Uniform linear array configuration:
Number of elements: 4
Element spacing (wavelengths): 0.75
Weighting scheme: kaiser
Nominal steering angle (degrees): -15
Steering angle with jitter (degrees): -13.905
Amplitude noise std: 0.05
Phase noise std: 0.05

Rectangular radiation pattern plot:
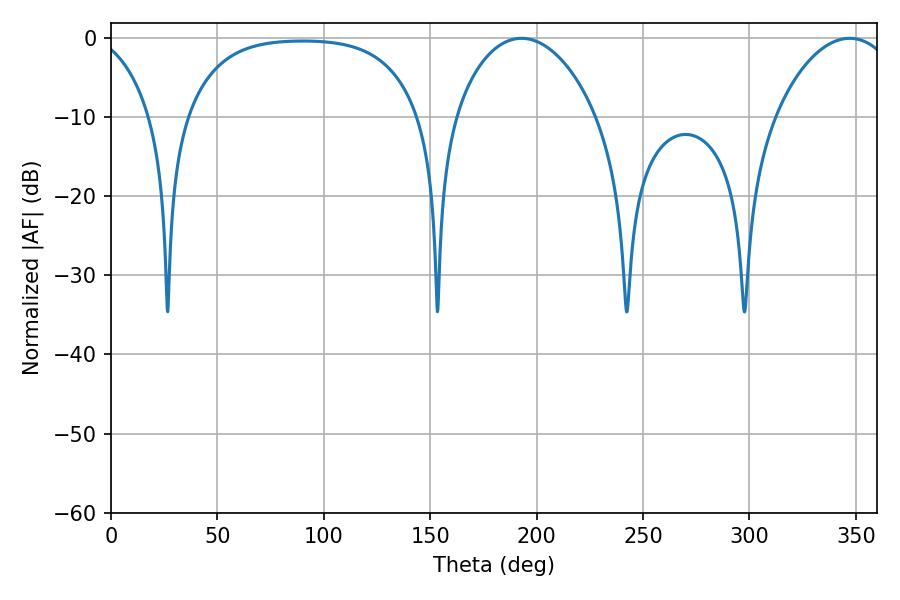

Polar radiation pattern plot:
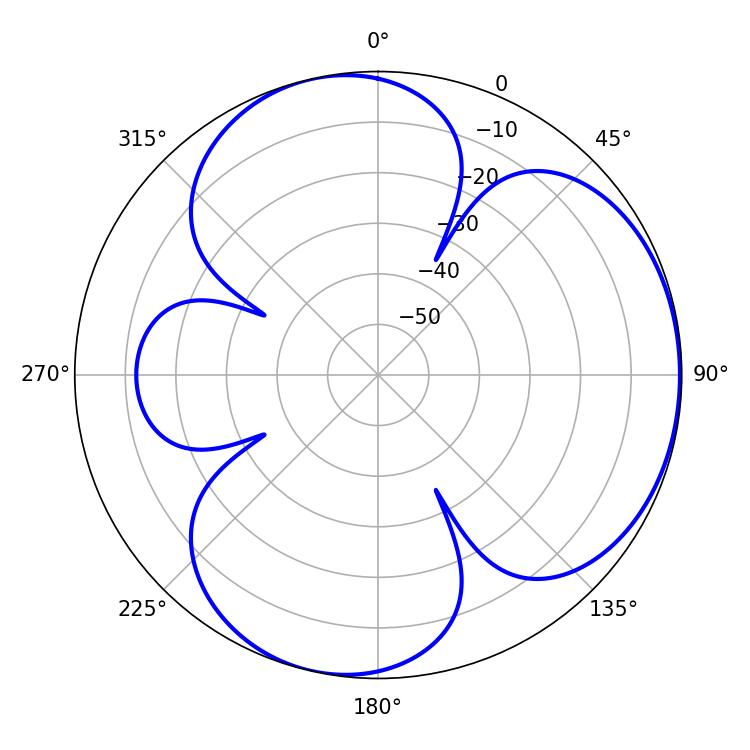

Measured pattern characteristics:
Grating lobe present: TRUE
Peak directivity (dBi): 4.277
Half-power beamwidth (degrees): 37.98
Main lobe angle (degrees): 192.96